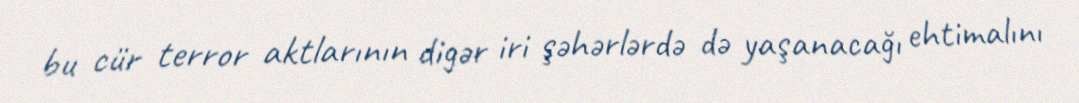
bu cür terror aktlarının digər iri şəhərlərdə də yaşanacağı ehtimalını